Medical and sanitary report of the native army of Bengal for the year
Year: 1875
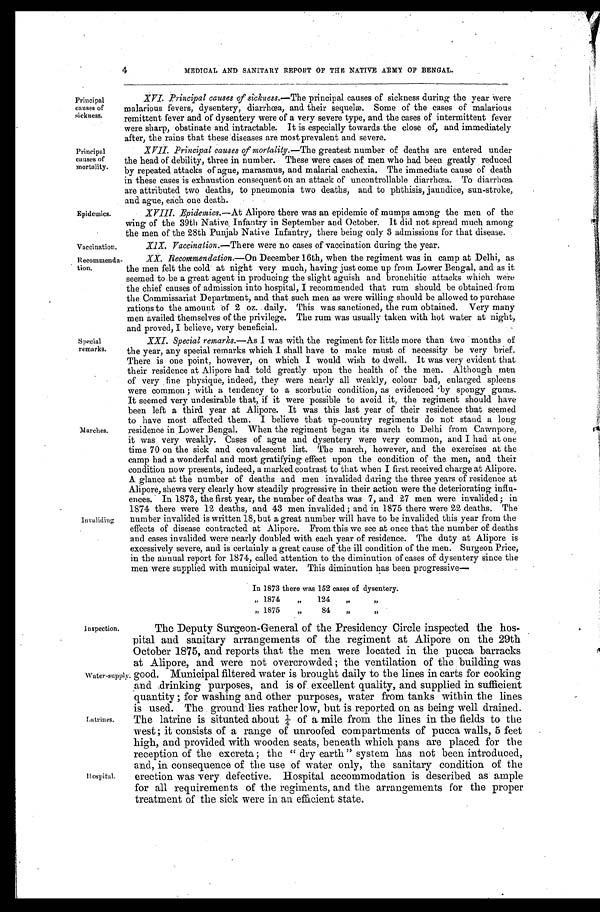
Vaccination.
Recommenda
-
tion.
4
MEDICAL AND SANITARY REPORT OF THE NATIVE ARMY OF BENGAL.
Principal
causes of
sickness.
Principal
causes of
mortality.
Epidemics.
Special
remarks.
Marches.
Invaliding
XVI. Principal causes of sickness.— The principal causes of sickness during the year were
malarious fevers, dysentery, diarrhœa, and their sequelæ. Some of the cases of malarious
remittent fever and of dysentery were of a very severe type, and the cases of intermittent fever
were sharp, obstinate and intractable. It is especially towards the close of, and immediately
after, the rains that these diseases are most prevalent and severe.
XVII. Principal causes of mortality.— The greatest number of deaths are entered under
the head of debility, three in number. These were cases of men who had been greatly reduced
by repeated attacks of ague, marasmus, and malarial cachexia. The immediate cause of death
in these cases is exhaustion consequent on an attack of uncontrollable diarrhœa. To diarrhœa
are attributed two deaths, to pneumonia two deaths, and to phthisis, jaundice, sun-stroke,
and ague, each one death.
XVIII. Epidemics.— At Alipore there was an epidemic of mumps among the men of the
wi ng of t he 39t h Nat i ve. I nf ant r y i n Sept ember and Oct ober . I t di d not spr ead much among
the men of the 28th Punjab Native Infantry, there being only 3 admissions for that disease.
X1X. Vaccination.— There were no cases of vaccination during the year.
XX. Recommendation.—On December 1 6th, when the regiment was in camp at Delhi, as
the men felt the cold at night very much, having just come up from Lower Bengal, and as it
seemed to be a great agent in producing the slight aguish and bronchitic attacks which were
the chief causes of admission into hospital, I recommended that rum should be obtained from
the Commissariat Department, and that such men as were willing should be allowed to purchase
rations to the amount of 2 oz. daily. This was sanctioned, the rum obtained. Very many
men availed themselves of the privilege. The rum was usually taken with hot water at night,
and proved, I believe, very beneficial.
XXI. Special remarks.—As I was with the regiment for little more than two months of
the year, any special remarks which I shall have to make must of necessity be very brief.
There is one point, however, on which I would wish to dwell. It was very evident that
their residence at Alipore had told greatly upon the health of the men. Although
m e n
of very fine physique, indeed, they were nearly all weakly, colour bad, enlarged spleens
were common ; with a tendency to a scorbutic condition, as evidenced by spongy gums.
It seemed very undesirable that, if it were possible to avoid it, the regiment should have
been left a third year at Alipore. It was this last year of their residence that seemed
to have most affected them. I believe that up-country regiments do not stand a long
residence in Lower Bengal. When the regiment began its march to Delhi from Cawnpore,
it was very weakly. Cases of ague and dysentery were very common, and I had at one
time 70 on the sick and convalescent list. The march, however, and the exercises at the
camp had a wonderful and most gratifying effect upon the condition of the men, and their
condition now presents, indeed, a marked contrast to that when I first received charge at Alipore.
A glance at the number of deaths and men invalided during the three years of residence at
Alipore, shews very clearly how steadily progressive in their action were the deteriorating influ
-
ences. In 1873, the first year, the number of deaths was 7, and 27 men were invalided; in
1874 there were 12 deaths, and 43 men invalided ; and in 1875 there were 22 deaths. The
num ber invalided is written 18, but a great number will have to be invalided this year from the
effects of disease contracted at Alipore. From this we see at once that the number of deaths
and cases invalided were nearly doubled with each year of residence. The duty at Alipore is
excessively severe, and is certainly a great cause of the ill condition of the men. Surgeon Price,
in the annual report for 1874, called attention to the diminution of cases of dysentery since the
men were supplied with municipal water. This diminution has been progressive—
Inspection.
Water-supp
ly.
Latrines.
Hospital.
In 1873 there was 152 cases of dysentery.
" 1874 " 124 " "
" 1875 "84 " "
The Deputy Surgeon-General of the Presidency Circle inspected the hos
-
pital and sanitary arrangements of the regiment at Alipore on the 29th
October 1875, and reports that the men were located in the pucca barracks
at Alipore, and were not overcrowded ; the ventilation of the building was
good. Municipal filtered water is brought daily to the lines in carts for cooking
and drinking purposes, and is of excellent quality, and supplied in sufficient
quantity ; for washing and other purposes, water from tanks within the lines
is used. The ground lies rather low, but is reported on as being well drained.
The latrine is situated about ¼ of a mile from the lines in the fields to the
west; it consists of a range of unroofed compartments of pucca walls, 5 feet
high, and provided with wooden seats, beneath which pans are placed for the
reception of the excreta; the "dry earth" system has not been introduced,
and, in consequence of the use of water only, the sanitary condition of the
erection was very defective. Hospital accommodation is described as ample
for all requirements of the regiments, and the arrangements for the proper
treatment of the sick were in an efficient state.